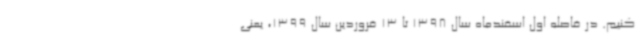
کنیم. در فاصله اول اسفندماه سال 1398 تا 13 فروردین سال 1399، یعنی